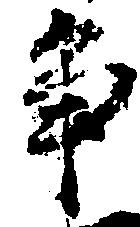
争